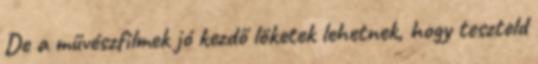
De a művészfilmek jó kezdő löketek lehetnek, hogy teszteld